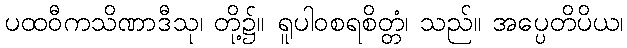
ပထဝီကသိဏာဒီသု၊ တို့၌။ ရူပါဝစရစိတ္တံ၊ သည်။ အပ္ပေတိပိယ၊